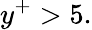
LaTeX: y^{+}>5.